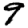
Digit: 9